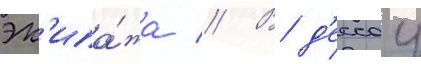
эк'ипа́жа // В д'ессау